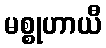
မစ္စုဟာယီ